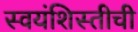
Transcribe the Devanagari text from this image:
स्वयंशिस्तीची